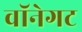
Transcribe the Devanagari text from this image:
वॉनेगट